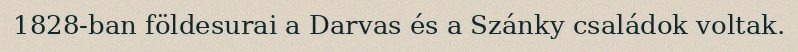
1828-ban földesurai a Darvas és a Szánky családok voltak.